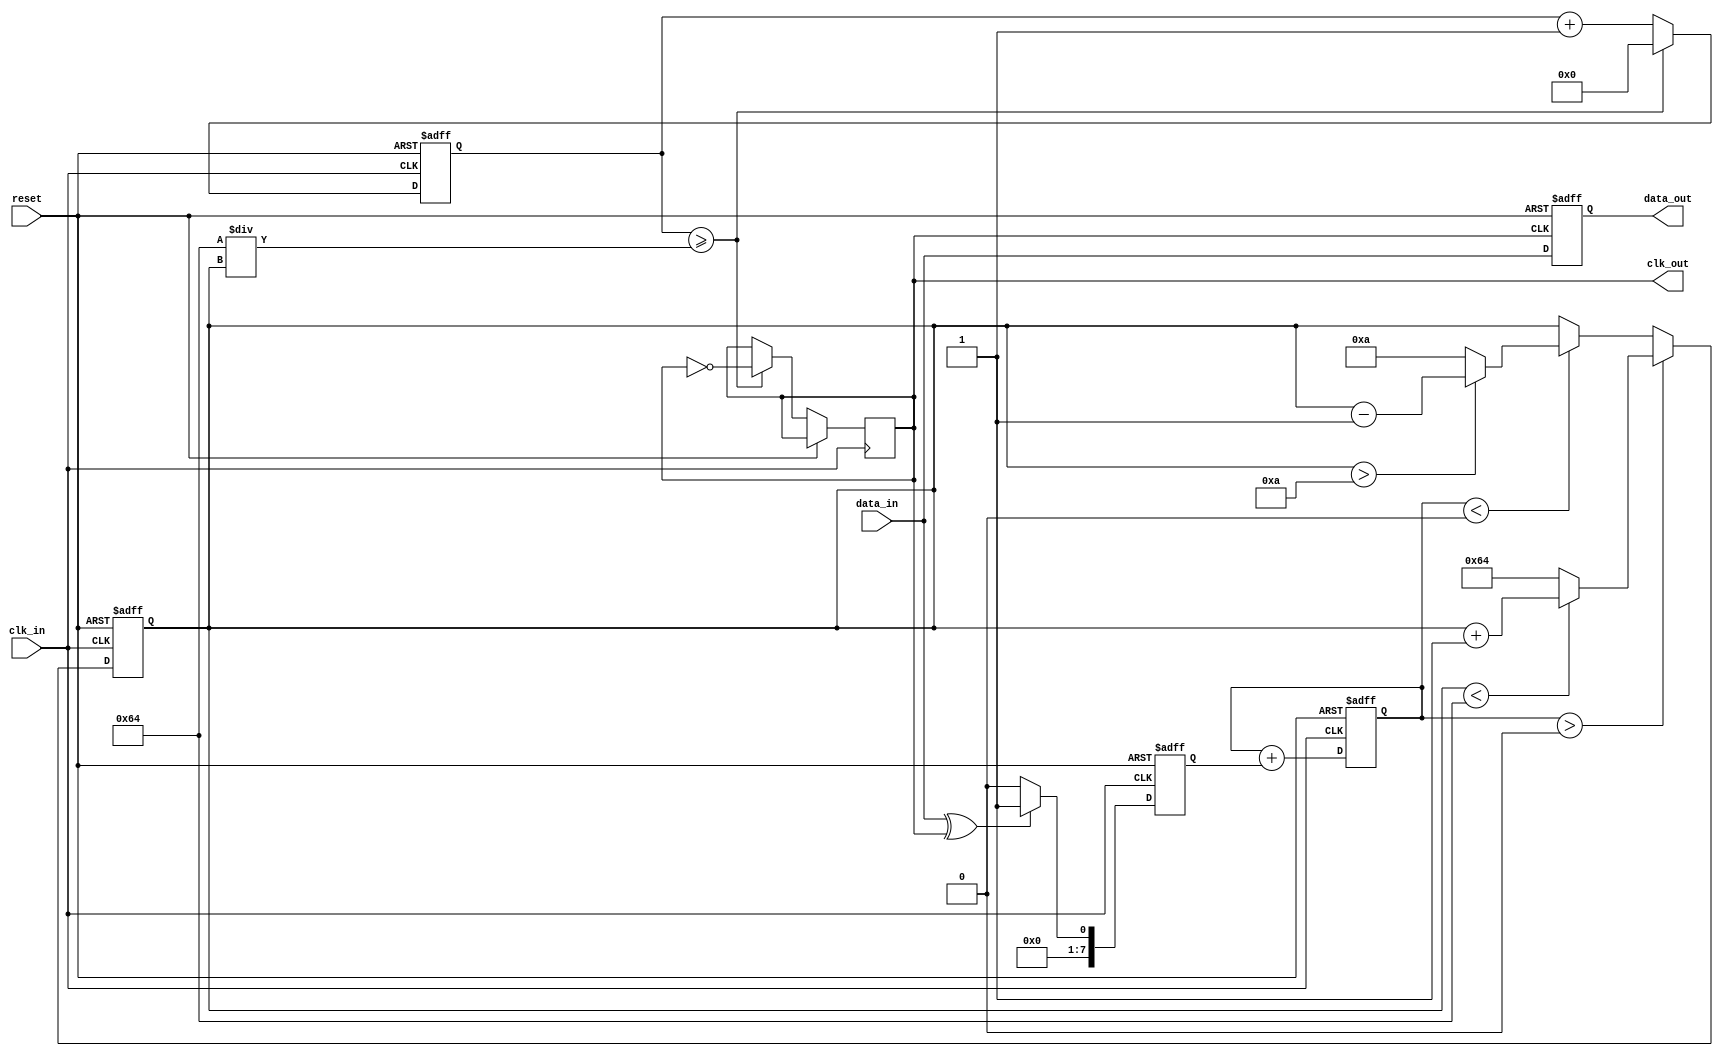
module pll_synchronizer (
    input wire clk_in,         // Incoming clock signal
    input wire data_in,        // Incoming asynchronous data signal
    input wire reset,          // Asynchronous reset
    output reg clk_out,        // Synchronized output clock
    output reg data_out        // Synchronized output data
);

// Parameters
parameter integer VCO_MAX_FREQ = 100; // Max frequency for VCO
parameter integer VCO_MIN_FREQ = 10;   // Min frequency for VCO
parameter integer LOCK_TIME = 100;      // Lock time for PLL

// Internal signals
reg [7:0] phase_error;                  // Phase error signal
reg [7:0] loop_filter_output;           // Output of loop filter
reg [7:0] vco_frequency;                // Current frequency of VCO
reg [7:0] vco_counter;                  // VCO counter for clock generation
reg [7:0] lock_counter;                 // Lock time counter
reg vco_enable;                         // VCO enable signal

// Phase Detector (PD)
always @(posedge clk_in or posedge reset) begin
    if (reset) begin
        phase_error <= 0;
    end else begin
        // Simple phase detector logic
        phase_error <= (data_in ^ clk_out) ? 1 : 0; // XOR to detect phase difference
    end
end

// Loop Filter (LF)
always @(posedge clk_in or posedge reset) begin
    if (reset) begin
        loop_filter_output <= 0;
    end else begin
        // Simple first-order loop filter
        loop_filter_output <= loop_filter_output + phase_error; // Integrate phase error
    end
end

// Voltage-Controlled Oscillator (VCO)
always @(posedge clk_in or posedge reset) begin
    if (reset) begin
        vco_frequency <= VCO_MIN_FREQ; // Start at minimum frequency
        vco_counter <= 0;
        vco_enable <= 0;
    end else begin
        // Adjust VCO frequency based on loop filter output
        if (loop_filter_output > 0) begin
            vco_frequency <= (vco_frequency < VCO_MAX_FREQ) ? vco_frequency + 1 : VCO_MAX_FREQ;
        end else if (loop_filter_output < 0) begin
            vco_frequency <= (vco_frequency > VCO_MIN_FREQ) ? vco_frequency - 1 : VCO_MIN_FREQ;
        end
        
        // Generate VCO clock signal
        if (vco_counter >= (100 / vco_frequency)) begin
            clk_out <= ~clk_out; // Toggle output clock
            vco_counter <= 0;
        end else begin
            vco_counter <= vco_counter + 1;
        end
    end
end

// Lock Time Counter
always @(posedge clk_in or posedge reset) begin
    if (reset) begin
        lock_counter <= 0;
    end else if (lock_counter < LOCK_TIME) begin
        lock_counter <= lock_counter + 1;
    end else begin
        vco_enable <= 1; // Enable VCO after lock time
    end
end

// Data Synchronization
always @(posedge clk_out or posedge reset) begin
    if (reset) begin
        data_out <= 0;
    end else begin
        data_out <= data_in; // Sample data on the output clock
    end
end

endmodule